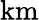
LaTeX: \mathrm{km}